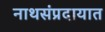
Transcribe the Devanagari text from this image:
नाथसंप्रदायात